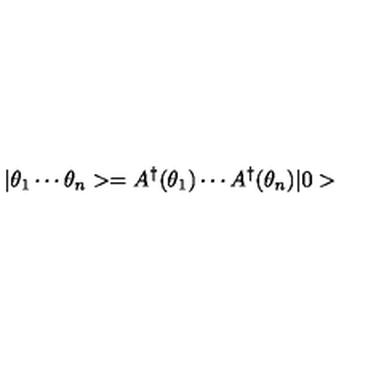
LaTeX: | \theta _ { 1 } \cdots \theta _ { n } > = A ^ { \dagger } ( \theta _ { 1 } ) \cdots A ^ { \dagger } ( \theta _ { n } ) | 0 >